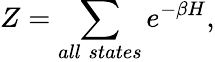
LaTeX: Z=\sum_{all\; states}e^{-\beta H},